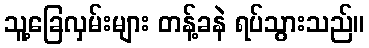
သူ့ခြေလှမ်းများ တန့်ခနဲ ရပ်သွားသည်။